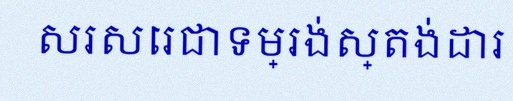
សរសេរជាទម្រង់ស្តង់ដារ